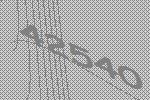
42540